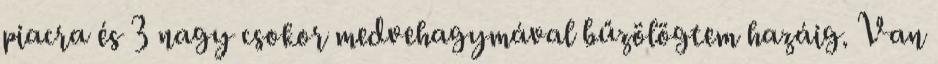
piacra és 3 nagy csokor medvehagymával bűzölögtem hazáig. Van